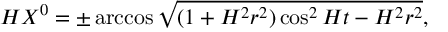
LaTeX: H X ^ { 0 } = \pm \operatorname { a r c c o s } \sqrt { ( 1 + H ^ { 2 } r ^ { 2 } ) \cos ^ { 2 } H t - H ^ { 2 } r ^ { 2 } } ,